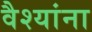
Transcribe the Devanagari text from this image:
वैश्यांना